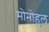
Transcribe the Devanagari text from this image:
मोनोहल